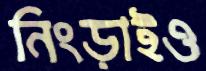
নিংড়াইও